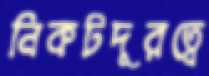
নিকটদূরত্বে